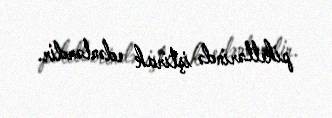
piketlərində iştirak edənlərdir.